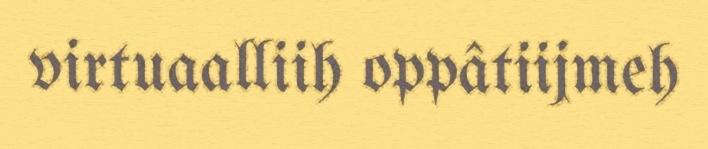
virtuaalliih oppâtiijmeh